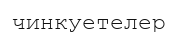
чинкуетелер